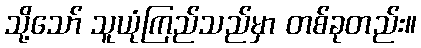
သို့သော် သူယုံကြည်သည်မှာ တစ်ခုတည်း။